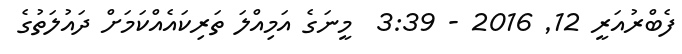
ފެބްރުއަރީ 12